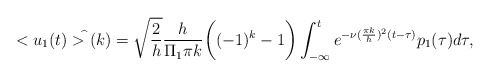
\begin{align*}<u_1(t)>^{\widehat{}}(k)=\sqrt{\frac{2}{h}}\frac{h}{\Pi_1\pi k}\bigg((-1)^k-1\bigg) \int_{-\infty}^t e^{-\nu (\frac{\pi k}{h})^2(t-\tau)}p_1(\tau)d\tau,\end{align*}